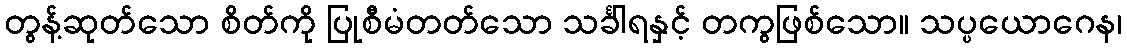
တွန့်ဆုတ်သော စိတ်ကို ပြုစီမံတတ်သော သင်္ခါရနှင့် တကွဖြစ်သော။ သပ္ပယောဂေန၊